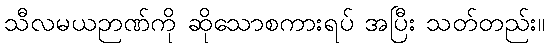
သီလမယဉာဏ်ကို ဆိုသောစကားရပ် အပြီး သတ်တည်း။